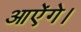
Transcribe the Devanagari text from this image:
आऐंगे।